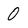
Character: 0